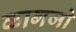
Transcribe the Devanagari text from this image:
कागजो